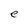
Character: e